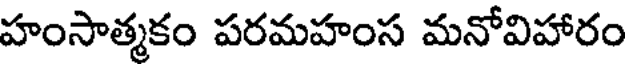
హంసాత్మకం పరమహంస మనోవిహారం